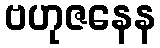
ဗဟုဇနေန